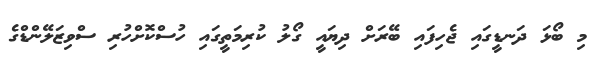
މި ބޯޅަ ދަނޑީގައި ޖެހިފައި ބޭރަށް ދިޔައީ ގޯލު ކުރިމަތީގައި ހުސްކޮށްހުރި ސްވިޒަލޭންޑްގެ